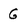
Character: G